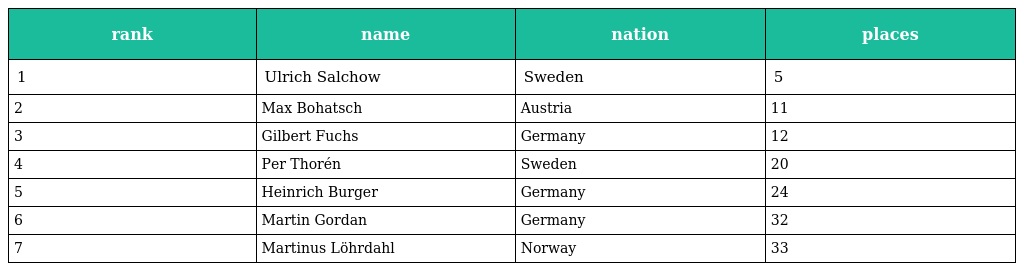
| rank | name | nation | places |
 | --- | --- | --- | --- |
 | 1 | Ulrich Salchow | Sweden | 5 |
 | 2 | Max Bohatsch | Austria | 11 |
 | 3 | Gilbert Fuchs | Germany | 12 |
 | 4 | Per Thorén | Sweden | 20 |
 | 5 | Heinrich Burger | Germany | 24 |
 | 6 | Martin Gordan | Germany | 32 |
 | 7 | Martinus Löhrdahl | Norway | 33 |